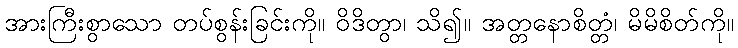
အားကြီးစွာသော တပ်စွန်းခြင်းကို။ ဝိဒိတွာ၊ သိ၍။ အတ္တနောစိတ္တံ၊ မိမိစိတ်ကို။